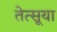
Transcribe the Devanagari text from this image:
तेत्सूया